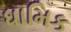
ધામિક